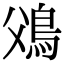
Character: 𩾿